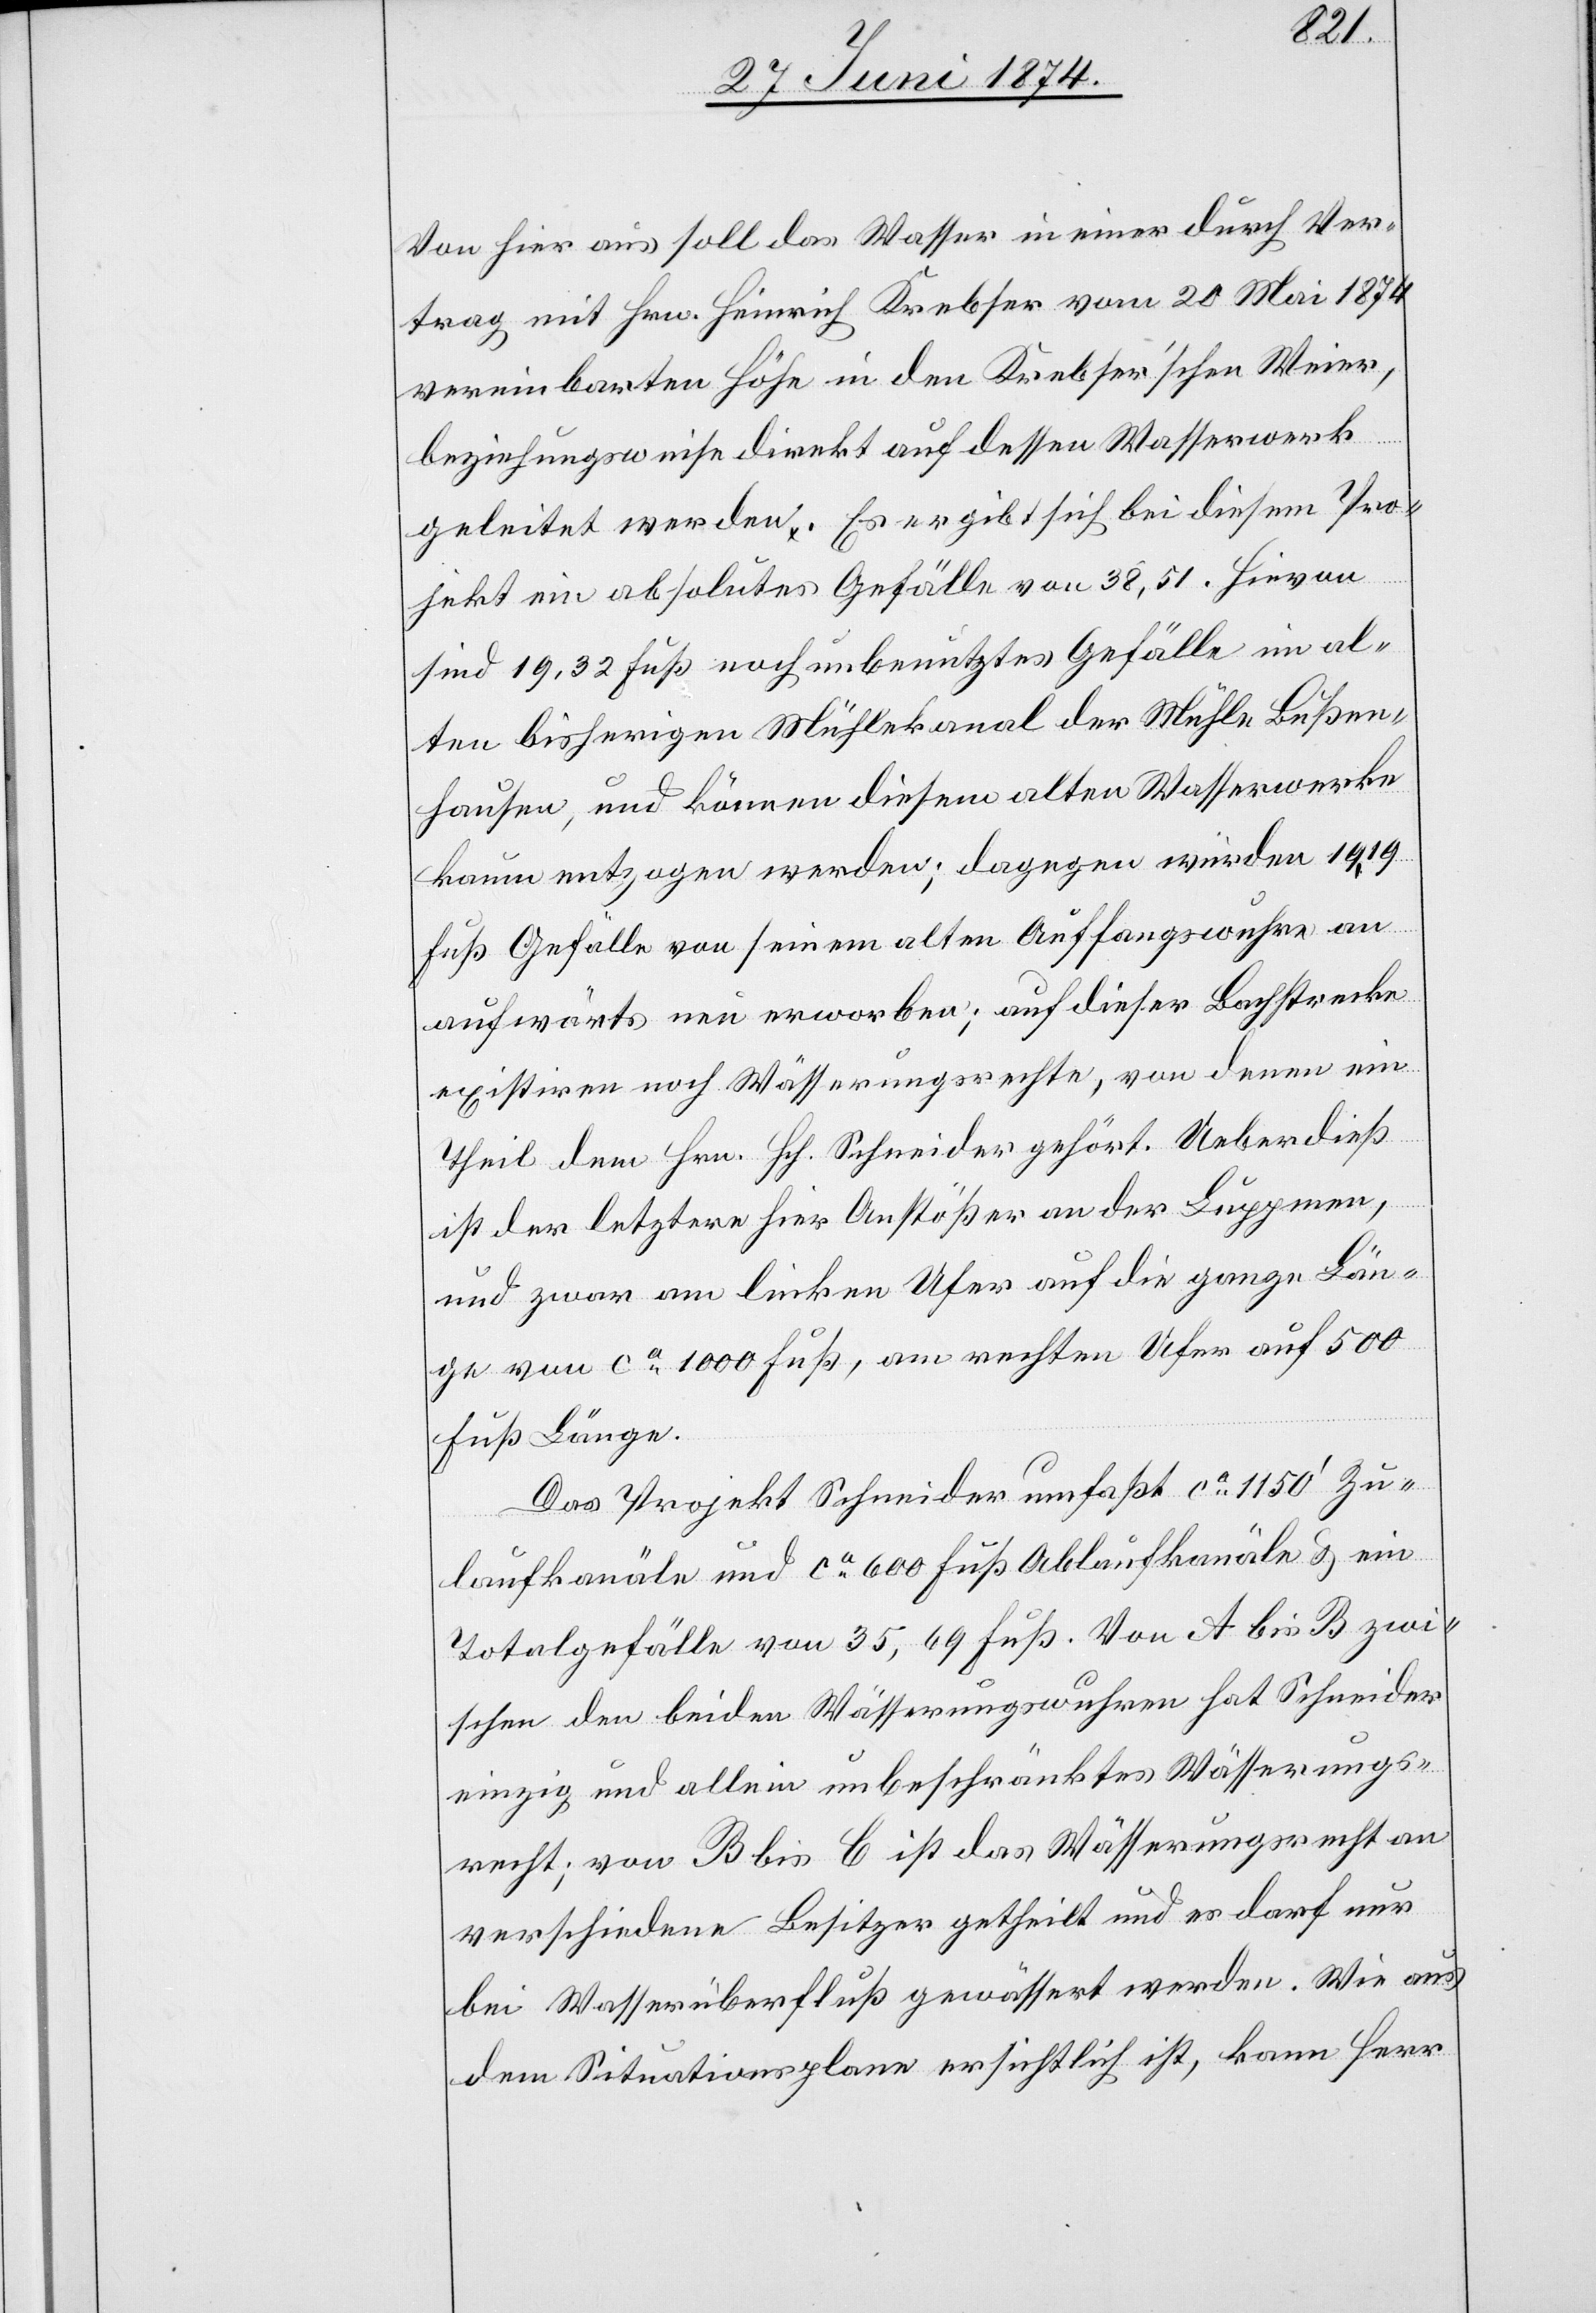
Von hier aus soll das Wasser in einer durch Ver¬
trag mit Hrn. Heinrich Krebser vom 20. Mai 1874
vereinbarten Höhe in dem Krebser’schen Weier,
beziehungsweise direkt auf dessen Wasserwerk
geleitet werden. Es ergibt sich bei diesem Pro¬
jekt ein absolutes Gefälle von 38,51. Hievon
sind 19,32 Fuß noch unbenutztes Gefälle im al¬
ten bisherigen Mühlekanal der Mühle Bußen¬
hausen, und können diesem alten Wasserwerke
kaum entzogen werden; dagegen würden 19,19
Fuß Gefälle von seinem alten Auffangswuhre an
aufwärts neu erworben; auf dieser Bachstrecke
existiren noch Wässerungsrechte, von denen ein
Theil dem Hrn. Hch. Schneider gehört. Ueberdieß
ist der letztere hier Anstößer an der Luppmen,
und zwar am linken Ufer auf die ganze Län¬
ge von ca 1000 Fuß, am rechten Ufer auf 500
Fuß Länge.
Das Projekt Schneider umfaßt ca 1150‘ Zu¬
laufkanäle und ca 600 Fuß Ablaufkanäle u. ein
Totalgefälle von 35,69 Fuß. Von A bis B zwi¬
schen den beiden Wässerungswuhren hat Schneider
einzig und allein unbeschränktes Wässerungs¬
recht; von B bis C ist das Wässerungsrecht an
verschiedene Besitzer getheilt und es darf nur
bei Wasserüberfluß gewässert werden. Wie aus
dem Situationsplane ersichtlich ist, kann Herr